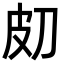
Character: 𤿇